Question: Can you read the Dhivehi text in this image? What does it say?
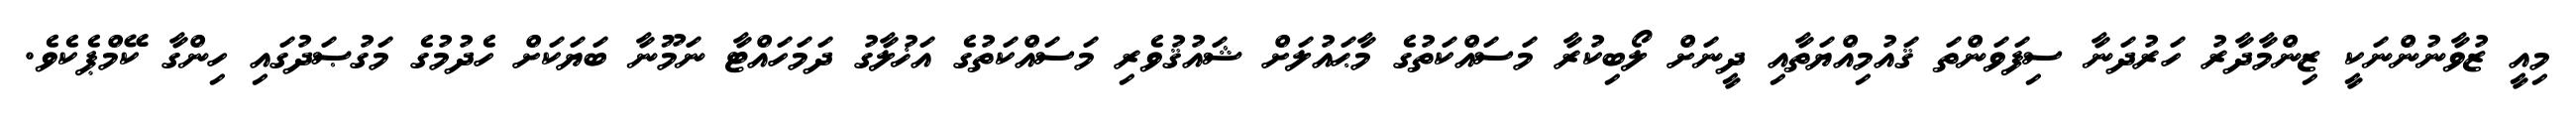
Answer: މިއީ ޒުވާނުންނަކީ ޒިންމާދާރު ހަރުދަނާ ސިފަވަންތަ ޤައުމިއްޔަތާއި ދީނަށް ލޯބިކުރާ މަސައްކަތުގެ މާޙައުލަށް ޝައުޤުވެރި މަސައްކަތުގެ އަޚުލާގު ދަމަހައްޓާ ނަމޫނާ ބަޔަކަށް ހެދުމުގެ މަގުޞަދުގައި ހިންގާ ކޭމްޕެކެވެ.